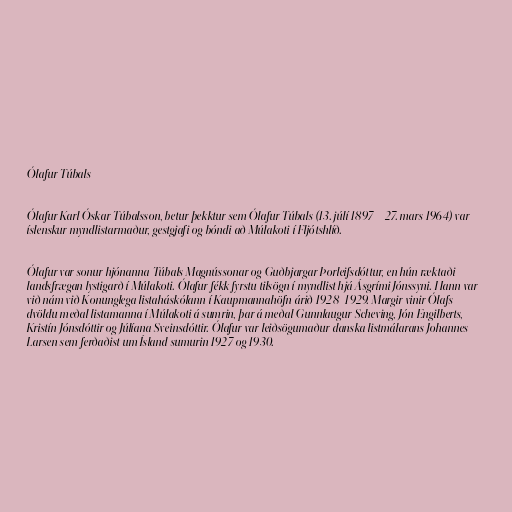
Ólafur Túbals

Ólafur Karl Óskar Túbalsson, betur þekktur sem Ólafur Túbals (13. júlí 1897 – 27. mars 1964) var
íslenskur myndlistarmaður, gestgjafi og bóndi að Múlakoti í Fljótshlíð.

Ólafur var sonur hjónanna Túbals Magnússonar og Guðbjargar Þorleifsdóttur, en hún ræktaði
landsfrægan lystigarð í Múlakoti. Ólafur fékk fyrstu tilsögn í myndlist hjá Ásgrími Jónssyni. Hann var
við nám við Konunglega listaháskólann í Kaupmannahöfn árið 1928–1929. Margir vinir Ólafs
dvöldu meðal listamanna í Múlakoti á sumrin, þar á meðal Gunnlaugur Scheving, Jón Engilberts,
Kristín Jónsdóttir og Júlíana Sveinsdóttir. Ólafur var leiðsögumaður danska listmálarans Johannes
Larsen sem ferðaðist um Ísland sumurin 1927 og 1930.